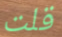
قلت